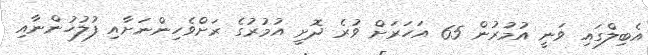
އެބިލްގައި ވަނީ އުމުރުން 65 އަހަރަށް ވުރެ ދޮށީ އުމުރުގެ ރަށްވެހިންނަށާއި ފުލުހުންނާއި